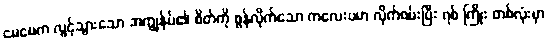
မေမေက လွင့်သွားသော အကျွန်ုပ်၏ စိတ်ကို စွန်လိုက်သော ကလေးပမာ လိုက်ဖမ်းပြီး ရစ် ကြိုး တစ်လုံးမှာ